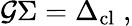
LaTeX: \mathcal{G}\Sigma=\Delta_{\mathrm{cl}}\; ,